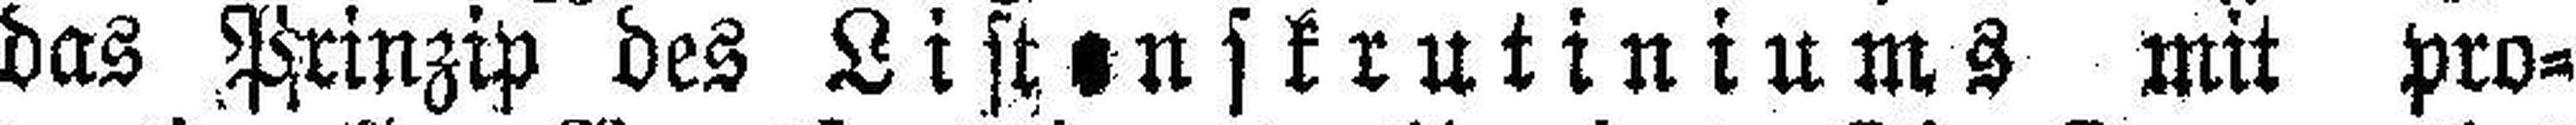
das Prinzip des Listenskrutiniums mit pro¬